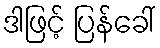
ဒါဖြင့် ပြန်ခေါ်